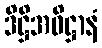
ဒိဋ္ဌိအဓိဋ္ဌာနံ